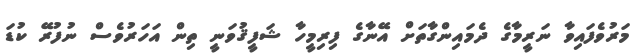
މަރުވެފައިވާ ނަރީމާގެ ދެމައިންގާތަށް އޭނާގެ ފިރިމީހާ ޝަފީޤުވަނީ ތިން އަހަރުވެސް ނުފުރޭ ކުޑަ